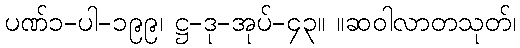
ပဏ်၁-ပါ-၁၉၉၊ ဋ္ဌ-ဒု-အုပ်-၄၃။ ။ဆဝါလာတသုတ်၊